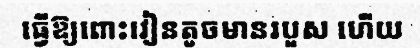
ធ្វើឱ្យពោះវៀនតូចមានរបួស ហើយ